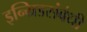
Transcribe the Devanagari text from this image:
इन्ग्रिडसंबंधी